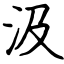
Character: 汲